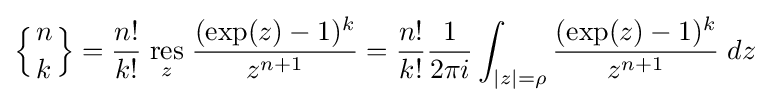
\left\{{n \atop k}\right\}={\frac {n!}{k!}}\;{\underset {z}{\mathrm {res} }}\;{\frac {(\exp(z)-1)^{k}}{z^{n+1}}}={\frac {n!}{k!}}{\frac {1}{2\pi i}}\int _{|z|=\rho }{\frac {(\exp(z)-1)^{k}}{z^{n+1}}}\;dz